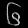
Digit: ၆